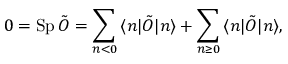
0 = \mathrm { S p } \, \tilde { O } = \sum _ { n < 0 } \, \langle n | \tilde { O } | n \rangle + \sum _ { n \ge 0 } \, \langle n | \tilde { O } | n \rangle ,